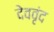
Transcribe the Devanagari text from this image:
देववृंद